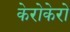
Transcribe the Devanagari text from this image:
केरोकेरो